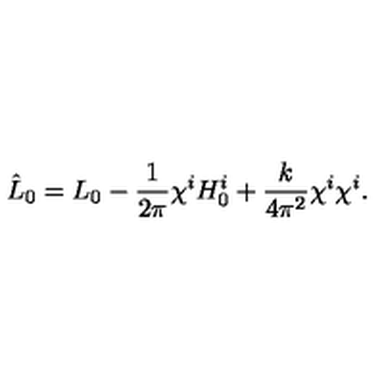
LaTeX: \hat { L } _ { 0 } = L _ { 0 } - \frac { 1 } { 2 \pi } \chi ^ { i } H _ { 0 } ^ { i } + \frac { k } { 4 \pi ^ { 2 } } \chi ^ { i } \chi ^ { i } .